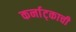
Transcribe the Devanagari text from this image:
कर्नाट्काची